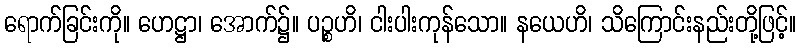
ရောက်ခြင်းကို။ ဟေဋ္ဌာ၊ အောက်၌။ ပဉ္စဟိ၊ ငါးပါးကုန်သော။ နယေဟိ၊ သိကြောင်းနည်းတို့ဖြင့်။